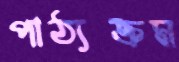
পাঠ্যক্রম